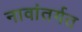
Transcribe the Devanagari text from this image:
नावांतर्गत